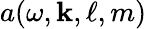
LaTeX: a(\omega,\mathbf{k},\ell,m)